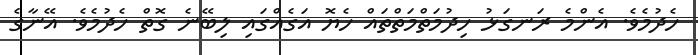
ހެދުމެވެ. އެންމެ ރަނގަޅު ހިދުމަތްމަތްތައް ހެޔޮ އަގެއްގައި ލިބޭނެ ގޮތް ހެދުމެވެ. އޭނާގެ